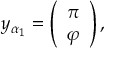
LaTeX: y _ { \alpha _ { 1 } } = \left( \begin{array} { c } { { \pi } } \\ { { \varphi } } \end{array} \right) ,